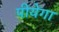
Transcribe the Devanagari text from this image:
पीयेगा